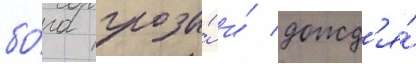
бо́га грозы́ и́ дожд'я́